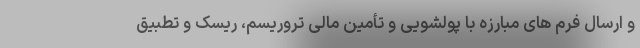
و ارسال فرم های مبارزه با پولشویی و تأمین مالی تروریسم، ریسک و تطبیق